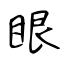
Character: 眼